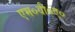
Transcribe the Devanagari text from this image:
एम०वी०ए०